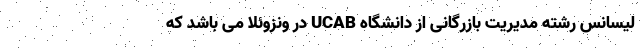
لیسانس رشته مدیریت بازرگانی از دانشگاه UCAB در ونزوئلا می باشد که